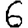
Digit: 6